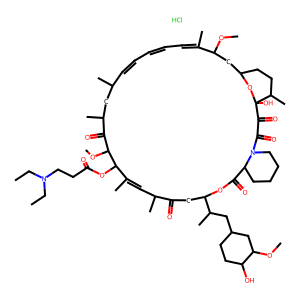
SMILES: CCN(CC)CCC(=O)OC1C(C)=CC(C)C(=O)CC(C(C)CC2CCC(O)C(OC)C2)OC(=O)C2CCCCN2C(=O)C(=O)C2(O)OC(CCC2C)CC(OC)C(C)=CC=CC=CC(C)CC(C)C(=O)C1OC.Cl
Inhibits HIV replication: No